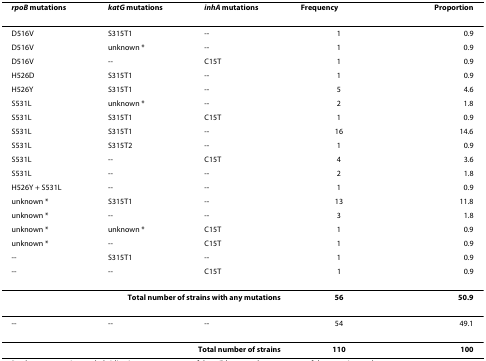
<table><thead><tr><td><b><i>rpoB </i>mutations</b></td><td><b><i>katG </i>mutations</b></td><td><b><i>inhA </i>mutations</b></td><td><b>Frequency</b></td><td><b>Proportion</b></td></tr></thead><tbody><tr><td>D516V</td><td>S315T1</td><td>--</td><td>1</td><td>0.9</td></tr><tr><td>D516V</td><td>unknown *</td><td>--</td><td>1</td><td>0.9</td></tr><tr><td>D516V</td><td>--</td><td>C15T</td><td>1</td><td>0.9</td></tr><tr><td>H526D</td><td>S315T1</td><td>--</td><td>1</td><td>0.9</td></tr><tr><td>H526Y</td><td>S315T1</td><td>--</td><td>5</td><td>4.6</td></tr><tr><td>S531L</td><td>unknown *</td><td>--</td><td>2</td><td>1.8</td></tr><tr><td>S531L</td><td>S315T1</td><td>C15T</td><td>1</td><td>0.9</td></tr><tr><td>S531L</td><td>S315T1</td><td>--</td><td>16</td><td>14.6</td></tr><tr><td>S531L</td><td>S315T2</td><td>--</td><td>1</td><td>0.9</td></tr><tr><td>S531L</td><td>--</td><td>C15T</td><td>4</td><td>3.6</td></tr><tr><td>S531L</td><td>--</td><td>--</td><td>2</td><td>1.8</td></tr><tr><td>H526Y + S531L</td><td>--</td><td>--</td><td>1</td><td>0.9</td></tr><tr><td>unknown *</td><td>S315T1</td><td>--</td><td>13</td><td>11.8</td></tr><tr><td>unknown *</td><td>--</td><td>--</td><td>3</td><td>1.8</td></tr><tr><td>unknown *</td><td>unknown *</td><td>C15T</td><td>1</td><td>0.9</td></tr><tr><td>unknown *</td><td>--</td><td>C15T</td><td>1</td><td>0.9</td></tr><tr><td>--</td><td>S315T1</td><td>--</td><td>1</td><td>0.9</td></tr><tr><td>--</td><td>--</td><td>C15T</td><td>1</td><td>0.9</td></tr><tr><td colspan="3"><b>Total number of strains with any mutations</b></td><td><b>56</b></td><td><b>50.9</b></td></tr><tr><td>--</td><td>--</td><td>--</td><td>54</td><td>49.1</td></tr><tr><td colspan="3"><b>Total number of strains</b></td><td><b>110</b></td><td><b>100</b></td></tr></tbody></table>